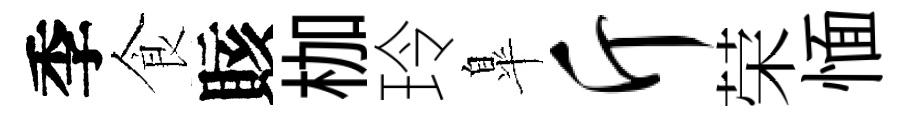
季食賅枷玲臯斤荣愐